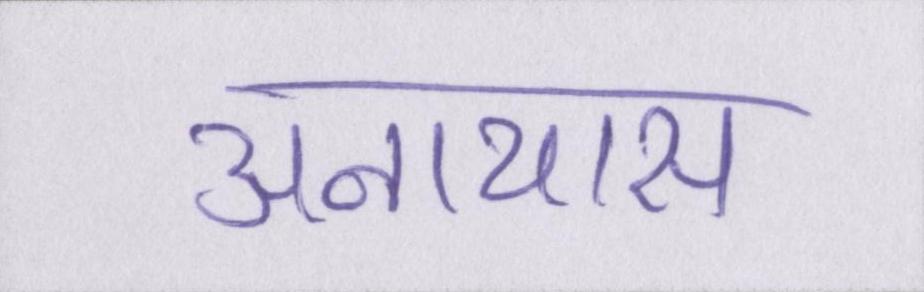
अनायास